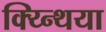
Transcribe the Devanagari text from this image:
क्य्न्थिया